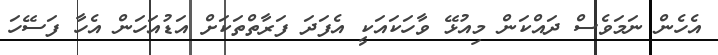
އެހެން ނަމަވެސް ދައްކަން މިއުޅޭ ވާހަކައަކީ އެފަދަ ފަރާތްތަކަށް އަޑުއަހަން އެހާ ފަސޭހަ